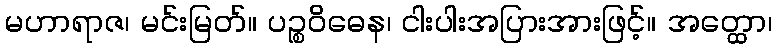
မဟာရာဇ၊ မင်းမြတ်။ ပဉ္စဝိဓေန၊ ငါးပါးအပြားအားဖြင့်။ အတ္ထော၊